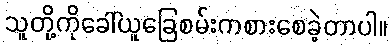
သူတို့ကိုခေါ်ယူခြေစမ်းကစားစေခဲ့တာပါ။